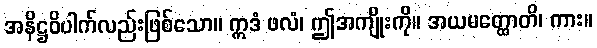
အနိဋ္ဌဝိပါက်လည်းဖြစ်သော။ ဣဒံ ဖလံ၊ ဤအကျိုးကို။ အယမတ္ထောတိ၊ ကား။